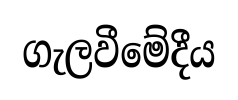
ගැලවීමේදීය